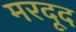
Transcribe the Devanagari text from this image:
मरदूद